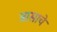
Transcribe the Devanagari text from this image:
त्रासाचे